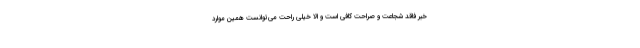
خبر فاقد شجاعت و صراحت کافی است و الا خیلی راحت می‌توانست همین موارد